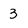
Character: 3